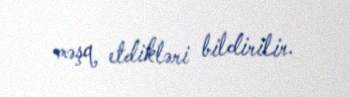
məşq etdikləri bildirilir.